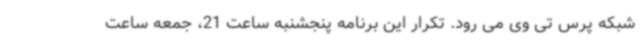
شبکه پرس تی وی می رود. تکرار این برنامه پنجشنبه ساعت 21، جمعه ساعت